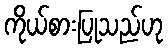
ကိုယ်စားပြုသည်ဟု